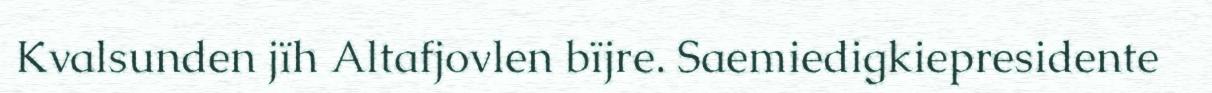
Kvalsunden jïh Altafjovlen bïjre. Saemiedigkiepresidente